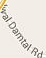
al Damtel Rd